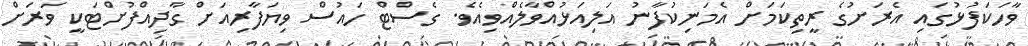
ވާހަކަފުޅުގައި އެރަށުގެ ރީތިކަމަށް އެމަނިކުފާނު އަލިއަޅުއްވާލެއްވިއެވެ. ގެސްޓް ހައުސް ވިޔަފާރިއަށް ގާދިއްފުށްޓަކީ ވަރަށް